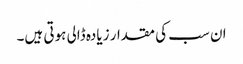
ان سب کی مقدار زیادہ ڈالی ہوتی ہیں۔